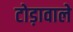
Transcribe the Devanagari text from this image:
टोड़ावाले